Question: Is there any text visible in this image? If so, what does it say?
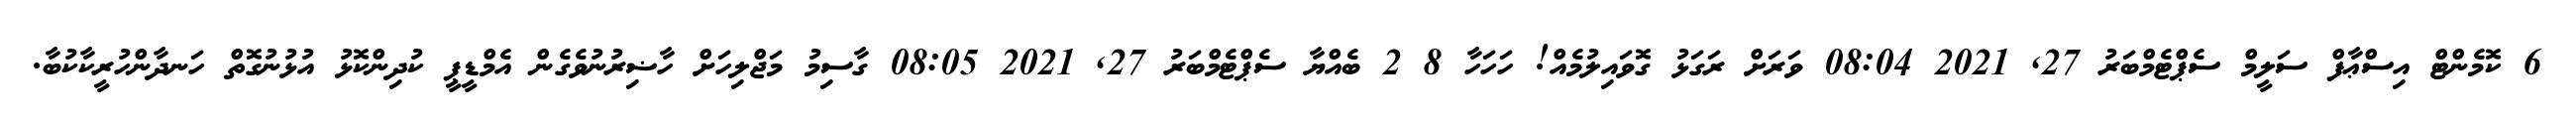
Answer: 6 ކޮމެންޓް އިސްޢާފް ސަލީމް ސެޕްޓެމްބަރު 27, 2021 08:04 ވަރަށް ރަގަޅު ގޮވައިލުމެއް! ހަހަހާ 8 2 ބެއްޔާ ސެޕްޓެމްބަރު 27, 2021 08:05 ގާސިމު މަޖްލިހަށް ހާޟިރުނުވެގެން އެމްޑީޕީ ކުދިންކޮޅު އުޅުނުގޮތް ހަނދާންހުރީކާކުބާ.